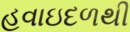
હવાઇદળથી